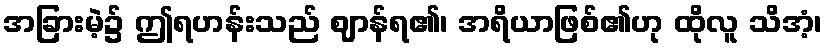
အခြားမဲ့၌ ဤရဟန်းသည် ဈာန်ရ၏၊ အရိယာဖြစ်၏ဟု ထိုလူ သိအံ့၊